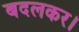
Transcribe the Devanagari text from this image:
बदलकर।